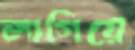
লাগিয়ে